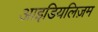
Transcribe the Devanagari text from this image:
आइडियलिज़म